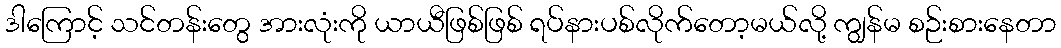
ဒါကြောင့် သင်တန်းတွေ အားလုံးကို ယာယီဖြစ်ဖြစ် ရပ်နားပစ်လိုက်တော့မယ်လို့ ကျွန်မ စဉ်းစားနေတာ